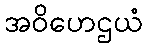
အဝိဟေဌယံ